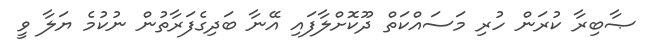
ޞާބިރާ ކުރަން ހުރި މަސައްކަތް ދޫކޮށްލާފައި އޭނާ ބަދިގެފަރާތުން ނުކުމެ ޔަލާ ވީ